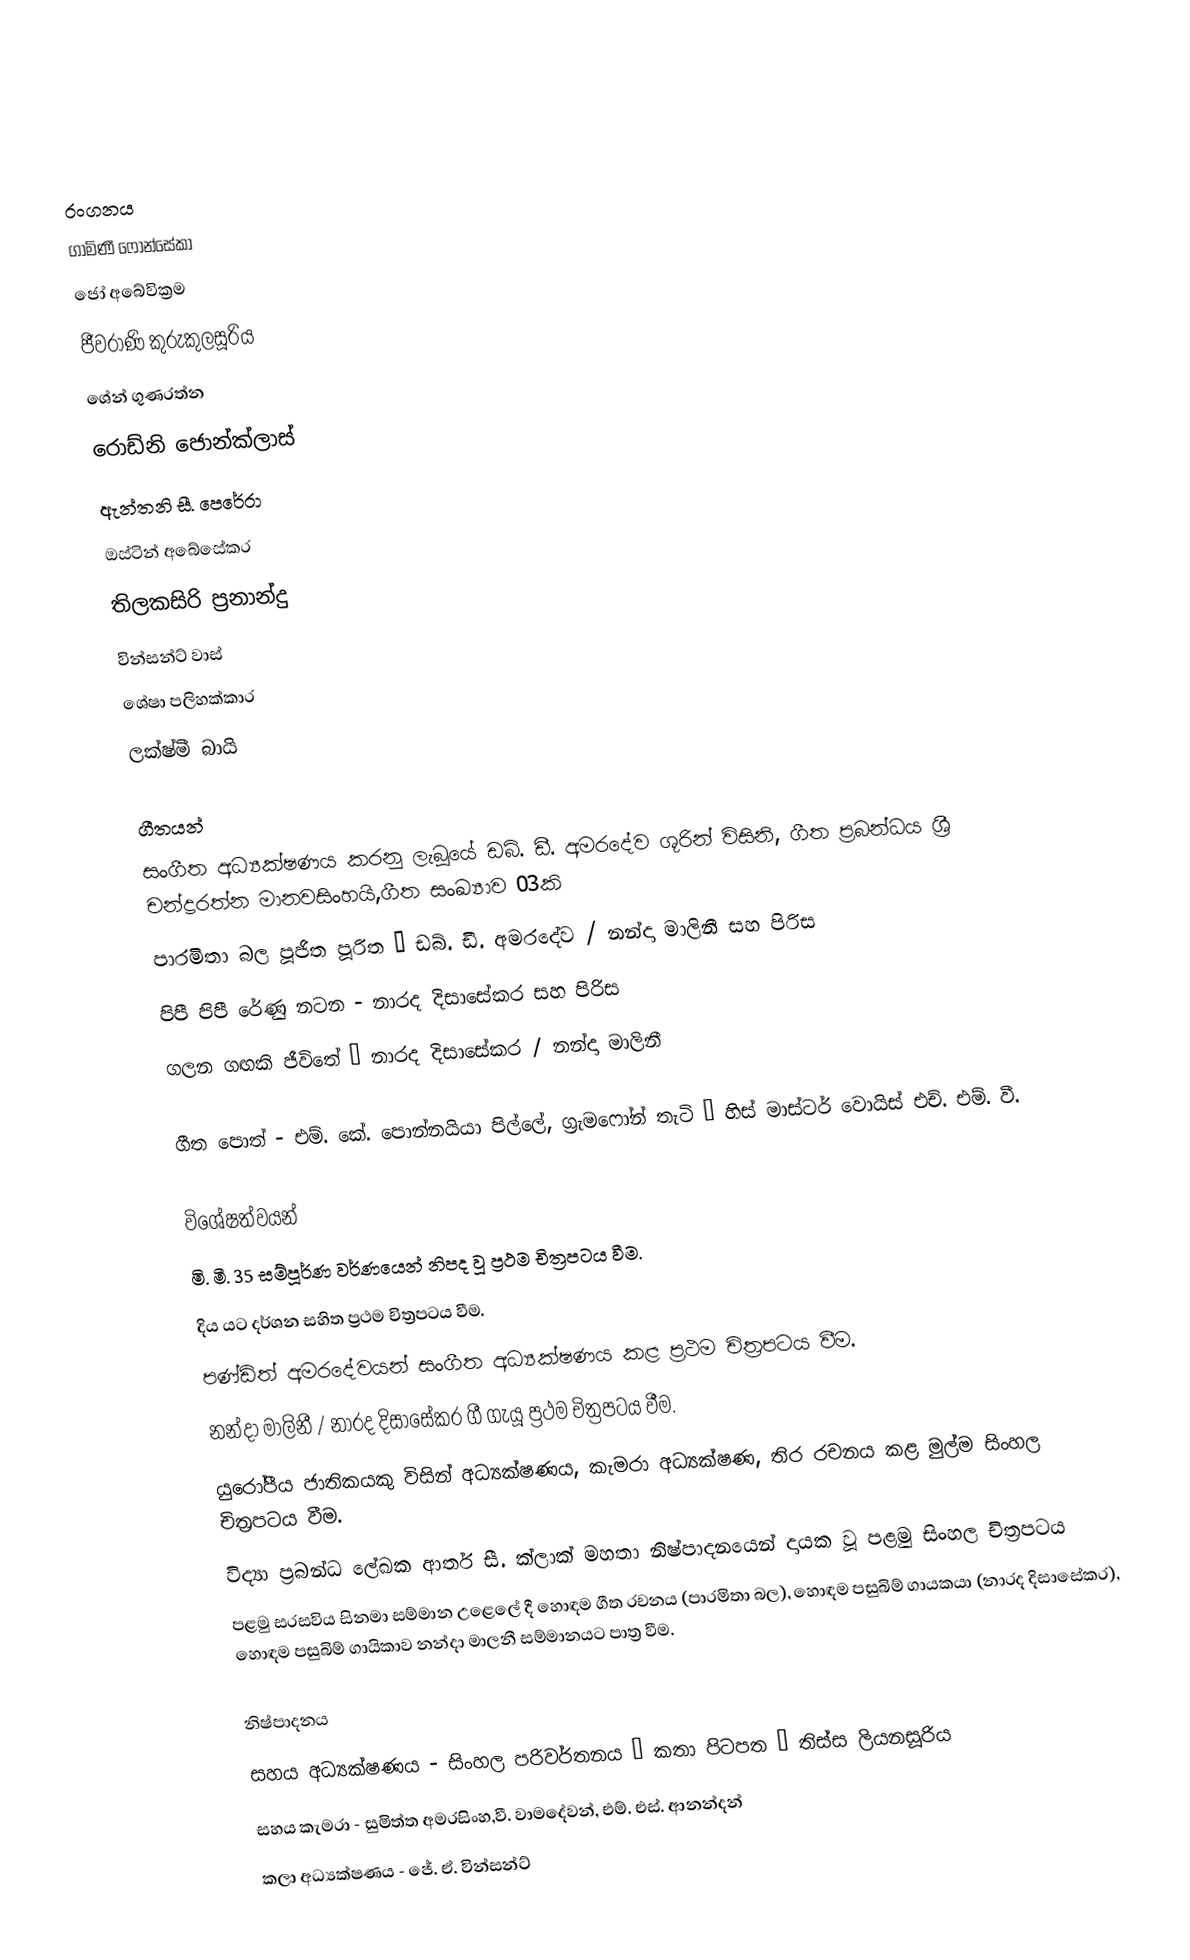

රංගනය
ගාමිණී ෆොන්සේකා
ජෝ අබේවික්‍රම
ජීවරාණි කුරුකුලසූරිය
ශේන් ගුණරත්න
රොඩ්නි ජොන්ක්ලාස්
ඇන්තනි සී. පෙරේරා
ඔස්ටින් අබේසේකර
තිලකසිරි ප්‍රනාන්දු
වින්සන්ට් වාස්
ශේෂා පලිහක්කාර
ලක්ෂ්මී බායි

ගීතයන්
සංගීත අධ්‍යක්ෂණය කරනු ලැබූයේ ඩබ්. ඩී. අමරදේව ශූරින් විසිනි, ගීත ප්‍රබන්ධය ශ්‍රී චන්ද්‍රරත්න මානවසිංහයි,ගීත සංඛ්‍යාව 03කි
පාරමිතා බල පූජිත පූරිත – ඩබ්. ඩී. අමරදේව / නන්දා මාලිනී සහ පිරිස
පිපී පිපී රේණු නටන - නාරද දිසාසේකර සහ පිරිස
ගලන ගඟකි ජීවිතේ – නාරද දිසාසේකර / නන්දා මාලිනී

ගීත පොත් - එම්. කේ. පොන්නයියා පිල්ලේ, ග්‍රැමෆෝන් තැටි – හිස් මාස්ටර් වොයිස් එච්. එම්. වී.

විශේෂත්වයන්
මි. මී. 35 සම්පූර්ණ වර්ණයෙන් නිපද වූ ප්‍රථම චිත්‍රපටය වීම.
දිය යට දර්ශන සහිත ප්‍රථම චිත්‍රපටය වීම.
පණ්ඩිත් අමරදේවයන් සංගීත අධ්‍යක්ෂණය කළ ප්‍රථම චිත්‍රපටය වීම.
නන්දා මාලිනී / නාරද දිසාසේකර ගී ගැයූ ප්‍රථම චිත්‍රපටය වීම.
යුරෝපීය ජාතිකයකු විසින් අධ්‍යක්ෂණය, කැමරා අධ්‍යක්ෂණ, තිර රචනය කළ මුල්ම සිංහල චිත්‍රපටය වීම.
විද්‍යා ප්‍රබන්ධ ලේඛක ආතර් සී. ක්ලාක් මහතා නිෂ්පාදනයෙන් දායක වූ පළමු සිංහල චිත්‍රපටය
පළමු සරසවිය සිනමා සම්මාන උළෙලේ දී හොඳම ගීත රචනය (පාරමිතා බල), හොඳම පසුබිම් ගායකයා (නාරද දිසාසේකර), හොඳම පසුබිම් ගායිකාව නන්දා මාලනී සම්මානයට පාත්‍ර වීම.

නිෂ්පාදනය
සහය අධ්‍යක්ෂණය - සිංහල පරිවර්තනය – කතා පිටපත – තිස්ස ලියනසූරිය
සහය කැමරා - සුමිත්ත අමරසිංහ,වී. වාමදේවන්, එම්. එස්. ආනන්දන්
කලා අධ්‍යක්ෂණය - ජේ. ඒ. වින්සන්ට්